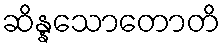
ဆိန္နသောတောတိ